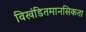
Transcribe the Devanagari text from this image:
विखंडितमानसिकता